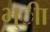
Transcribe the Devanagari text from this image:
भ्ीा